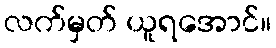
လက်မှတ် ယူရအောင်။